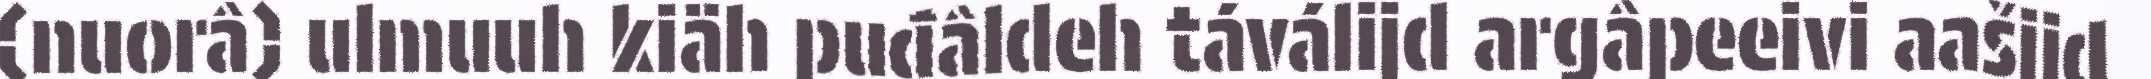
(nuorâ) ulmuuh kiäh puđâldeh táválijd argâpeeivi aašijd